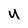
Character: U